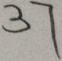
3 7